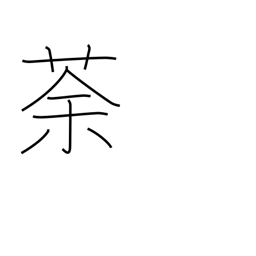
Meaning: a weed